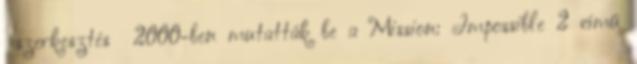
szerkesztés 2000-ben mutatták be a Mission: Impossible 2 című